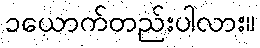
၁ယောက်တည်းပါလား။